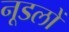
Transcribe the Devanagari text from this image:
नूडलों